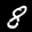
Label: 8